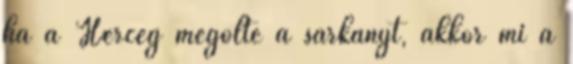
ha a Herceg megölte a sárkányt, akkor mi a